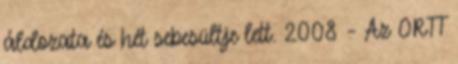
áldozata és hét sebesültje lett. 2008 – Az ORTT